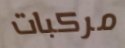
مركبات